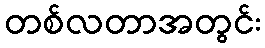
တစ်လတာအတွင်း